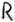
Text: R